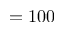
= 1 0 0